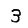
Digit: 3